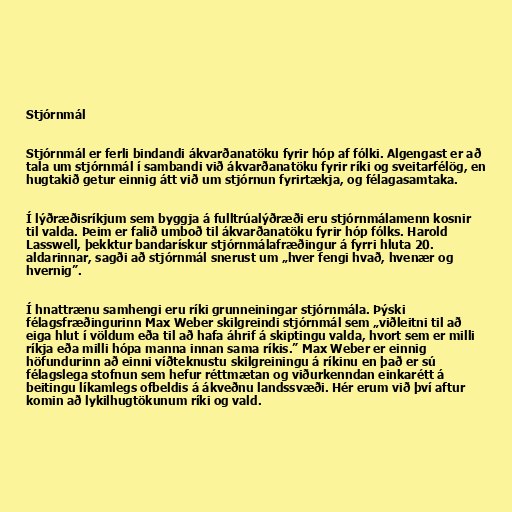
Stjórnmál

Stjórnmál er ferli bindandi ákvarðanatöku fyrir hóp af fólki. Algengast er að
tala um stjórnmál í sambandi við ákvarðanatöku fyrir ríki og sveitarfélög, en
hugtakið getur einnig átt við um stjórnun fyrirtækja, og félagasamtaka.

Í lýðræðisríkjum sem byggja á fulltrúalýðræði eru stjórnmálamenn kosnir
til valda. Þeim er falið umboð til ákvarðanatöku fyrir hóp fólks. Harold
Lasswell, þekktur bandarískur stjórnmálafræðingur á fyrri hluta 20.
aldarinnar, sagði að stjórnmál snerust um „hver fengi hvað, hvenær og
hvernig”.

Í hnattrænu samhengi eru ríki grunneiningar stjórnmála. Þýski
félagsfræðingurinn Max Weber skilgreindi stjórnmál sem „viðleitni til að
eiga hlut í völdum eða til að hafa áhrif á skiptingu valda, hvort sem er milli
ríkja eða milli hópa manna innan sama ríkis.” Max Weber er einnig
höfundurinn að einni víðteknustu skilgreiningu á ríkinu en það er sú
félagslega stofnun sem hefur réttmætan og viðurkenndan einkarétt á
beitingu líkamlegs ofbeldis á ákveðnu landssvæði. Hér erum við því aftur
komin að lykilhugtökunum ríki og vald.